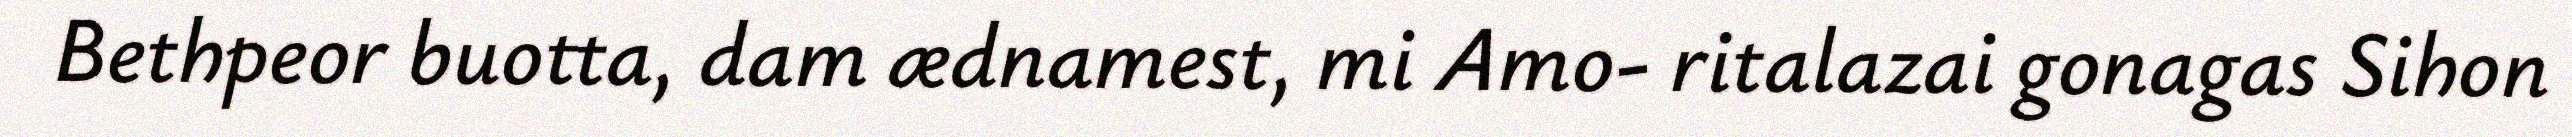
Bethpeor buotta, dam ædnamest, mi Amo- ritalazai gonagas Sihon